38_143685_box_Incident_Summaries_101-172
Agency: Department of War
Page 84
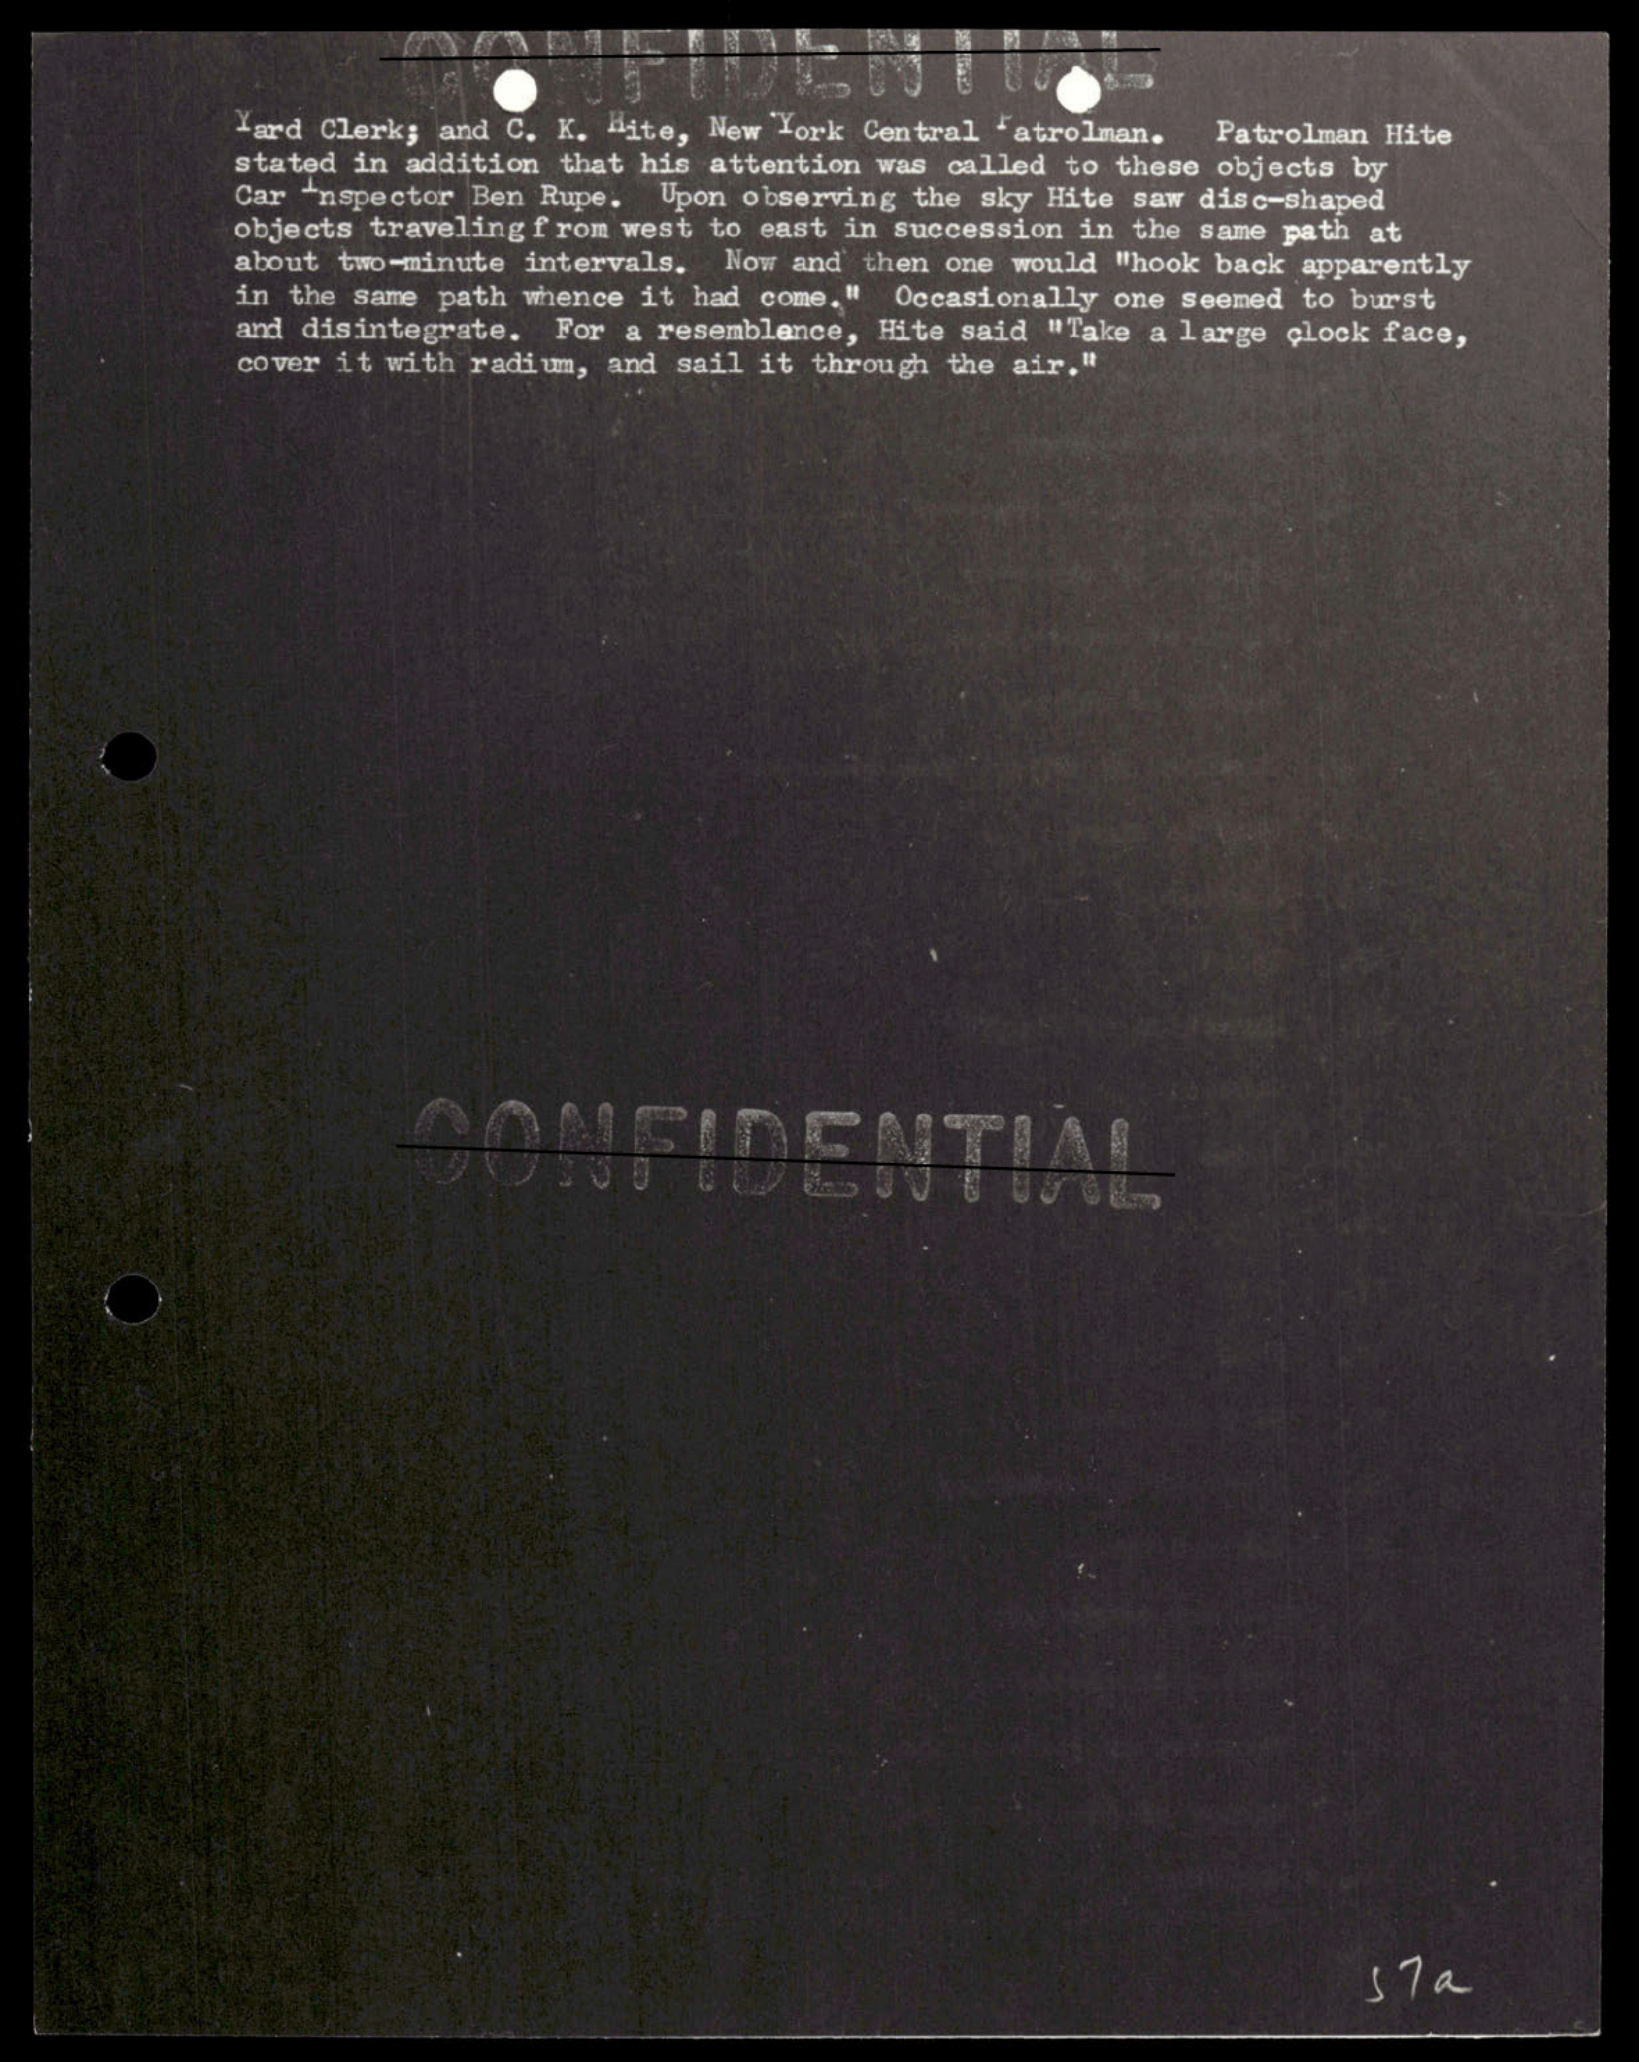